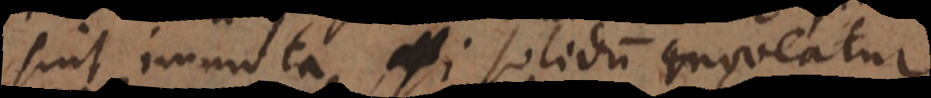
sint immota, etsi solidum moveatur.